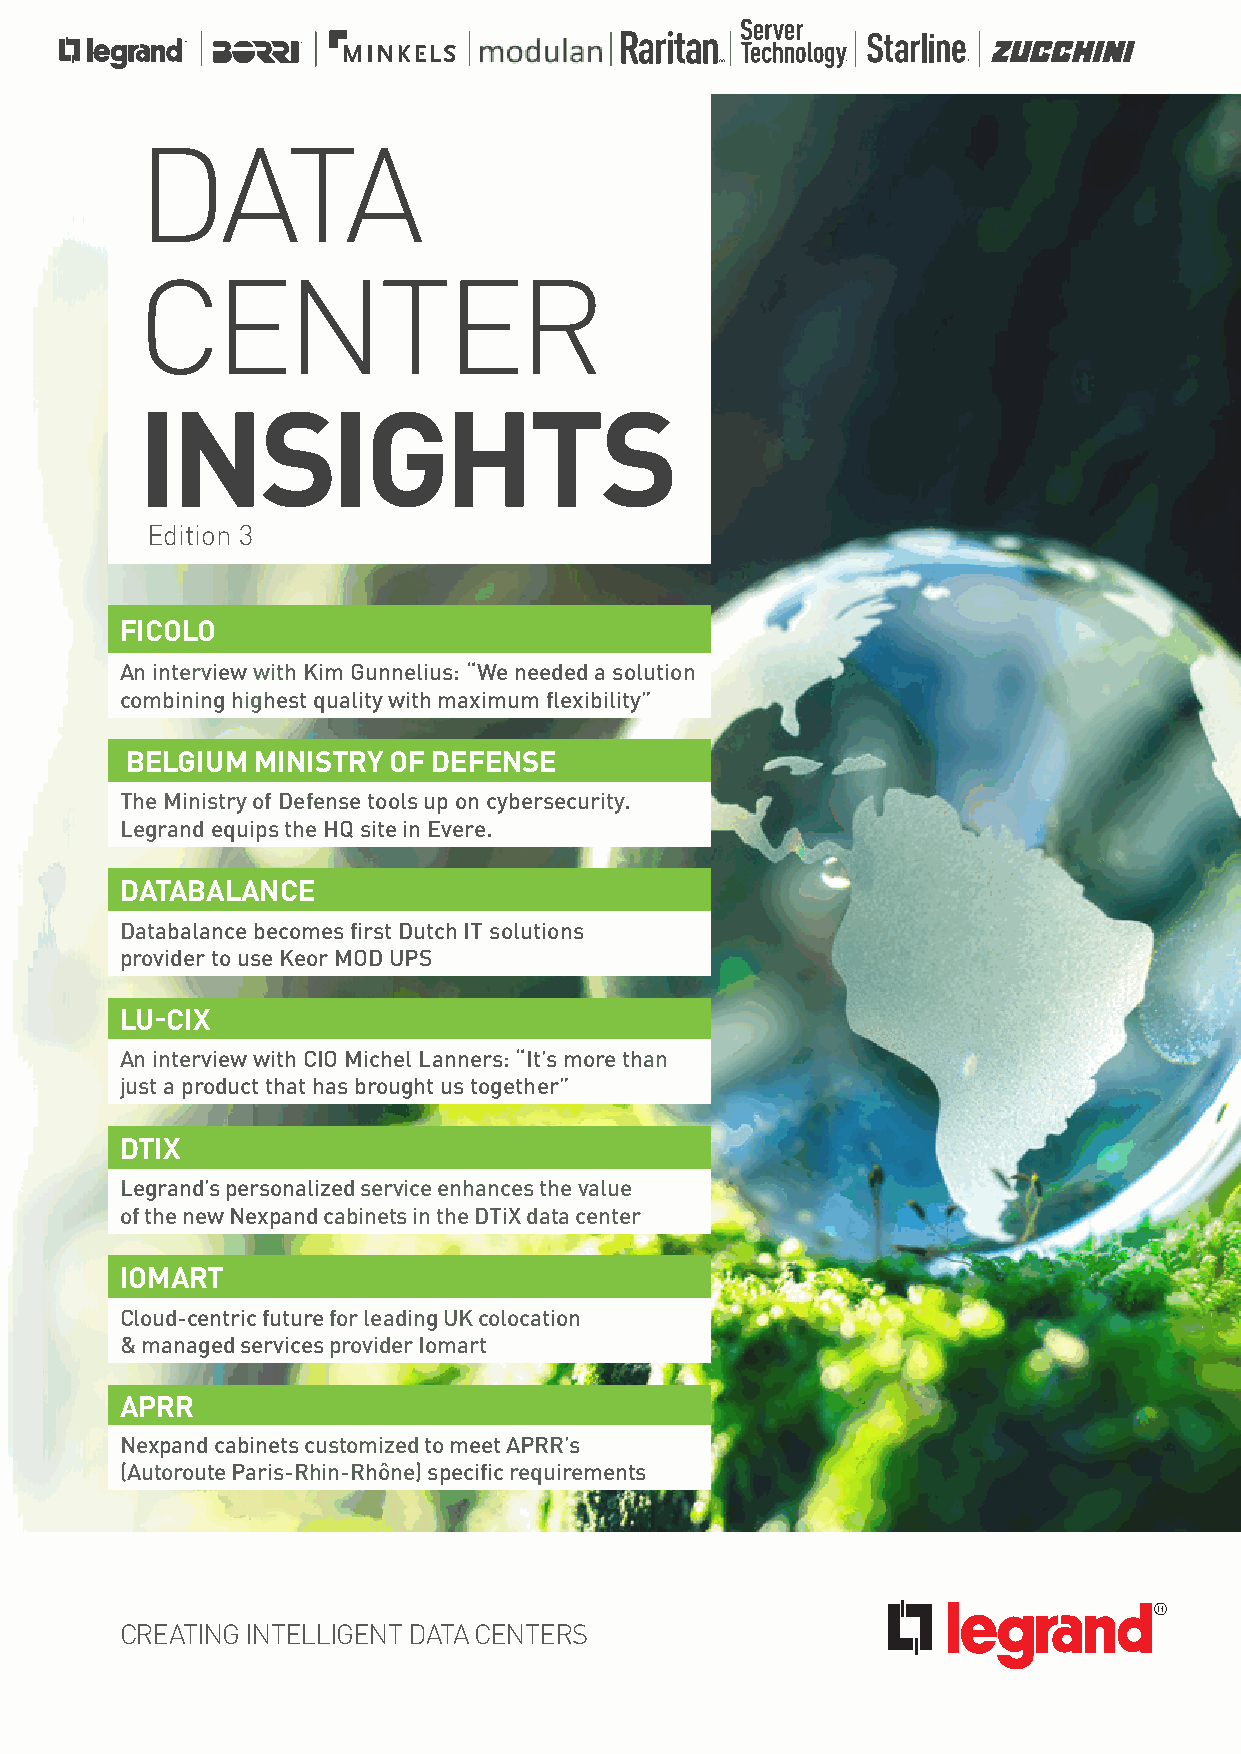
DATA
 CENTER
 INSIGHTS
 Edition 3
 FICOLO
 An interview with Kim Gunnelius: “We needed a solution
 combining highest quality with maximum flexibility”
 BELGIUM  MINISTRY OF DEFENSE
 The Ministry of Defense tools up on cybersecurity.
 Legrand equips the HQ site in Evere.
 DATABALANCE
 Databalance becomes first Dutch IT solutions
 provider to use Keor MOD UPS
 LU-CIX
 An interview with CIO Michel Lanners: “It’s more than
 just a product that has brought us together”
 DTIX
 Legrand’s personalized service enhances the value
 of the new Nexpand cabinets in the DTiX data center
 IOMART
 Cloud-centric future for leading UK colocation
 & managed services provider Iomart
 APRR
 Nexpand cabinets customized to meet APRR’s
 (Autoroute Paris-Rhin-Rhône) specific requirements
 CREATING INTELLIGENT DATA CENTERS